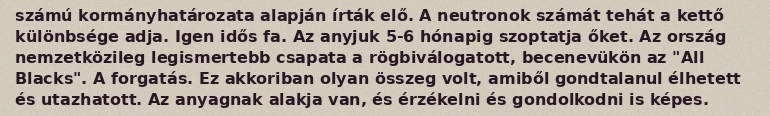
számú kormányhatározata alapján írták elő. A neutronok számát tehát a kettő különbsége adja. Igen idős fa. Az anyjuk 5-6 hónapig szoptatja őket. Az ország nemzetközileg legismertebb csapata a rögbiválogatott, becenevükön az "All Blacks". A forgatás. Ez akkoriban olyan összeg volt, amiből gondtalanul élhetett és utazhatott. Az anyagnak alakja van, és érzékelni és gondolkodni is képes.